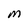
Character: M